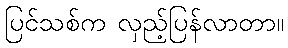
ပြင်သစ်က လှည့်ပြန်လာတာ။